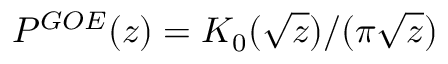
P ^ { G O E } ( z ) = K _ { 0 } ( \sqrt { z } ) / ( \pi \sqrt { z } )